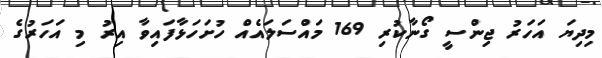
މިިދިޔަ އަހަރު ޖިންސީ ގޯނާކުރި 169 މައްސަލައެއް ހުށަހަޅާފައިވާ އިރު މި އަހަރުގެ